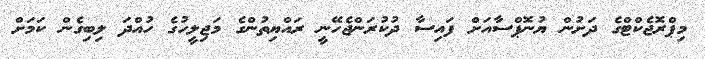
މިޕްރޮޖެކްޓްގެ ދަށުން ޔުނޮޕްސާއަށް ފައިސާ ދުކުރަންޖެހޭނީ ރައްޔިތުންގެ މަޖިލީހުގެ ހުއްދަ ލިބިގެން ކަމަށް